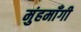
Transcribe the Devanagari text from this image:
मुंहमाँगी